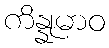
ကိန္နုမာဝ